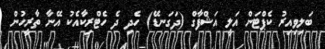
ބަލިވިއިރު ކެޕްޓަން އަލީ އަޝްފާގް (ދަގަނޑޭ) ހެދި ދެ ހެޓްރިކާއެކު އޭނާ ތާރީހުން